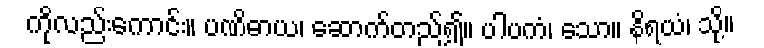
ကိုလည်းကောင်း။ ပဏိဓာယ၊ ဆောက်တည်၍။ ပါပကံ၊ သော။ နိရယံ၊ သို့။